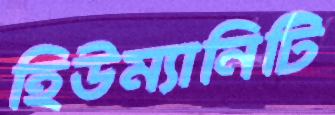
হিউম্যানিটি